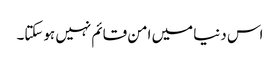
اس دنیا میں امن قائم نہیں ہوسکتا۔